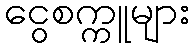
ငွေစက္ကူများ